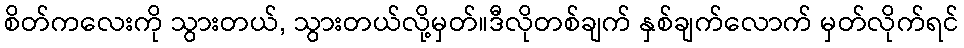
စိတ်ကလေးကို သွားတယ်, သွားတယ်လို့မှတ်။ဒီလိုတစ်ချက် နှစ်ချက်လောက် မှတ်လိုက်ရင်